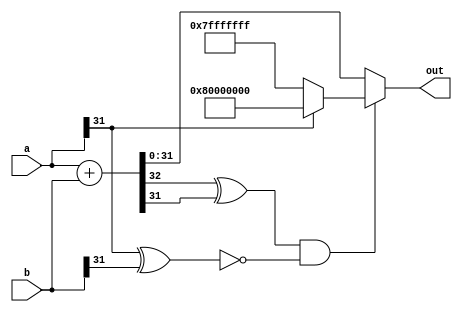
module capped_adder #(parameter BITWIDTH=32) (a, b, out);
	localparam smallBW = BITWIDTH-1;
	input [BITWIDTH-1:0] a, b;
	output [BITWIDTH-1:0] out;
	wire [BITWIDTH:0] tempsum;
	wire overflow;
	wire signcheck;
	
	assign signcheck = !(a[BITWIDTH-1] ^ b[BITWIDTH-1]);
	assign tempsum = a + b;
	
	assign overflow = tempsum[BITWIDTH] ^ tempsum[BITWIDTH-1];
	
	assign out = (!(overflow&signcheck)) ? tempsum[BITWIDTH-1:0] : ((a[BITWIDTH-1]) ? {1'b1, {smallBW{1'b0}} } :{1'b0, {smallBW{1'b1}}});
	// assign out = (!(overflow&signcheck)) ? tempsum[BITWIDTH-1:0] : a[BITWIDTH-1] ? {BITWIDTH{1'b0}} : {BITWIDTH{1'b1}};


endmodule